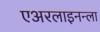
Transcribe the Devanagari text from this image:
एअरलाइनन्ला